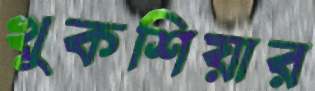
খুকশিয়ার